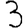
Digit: 3